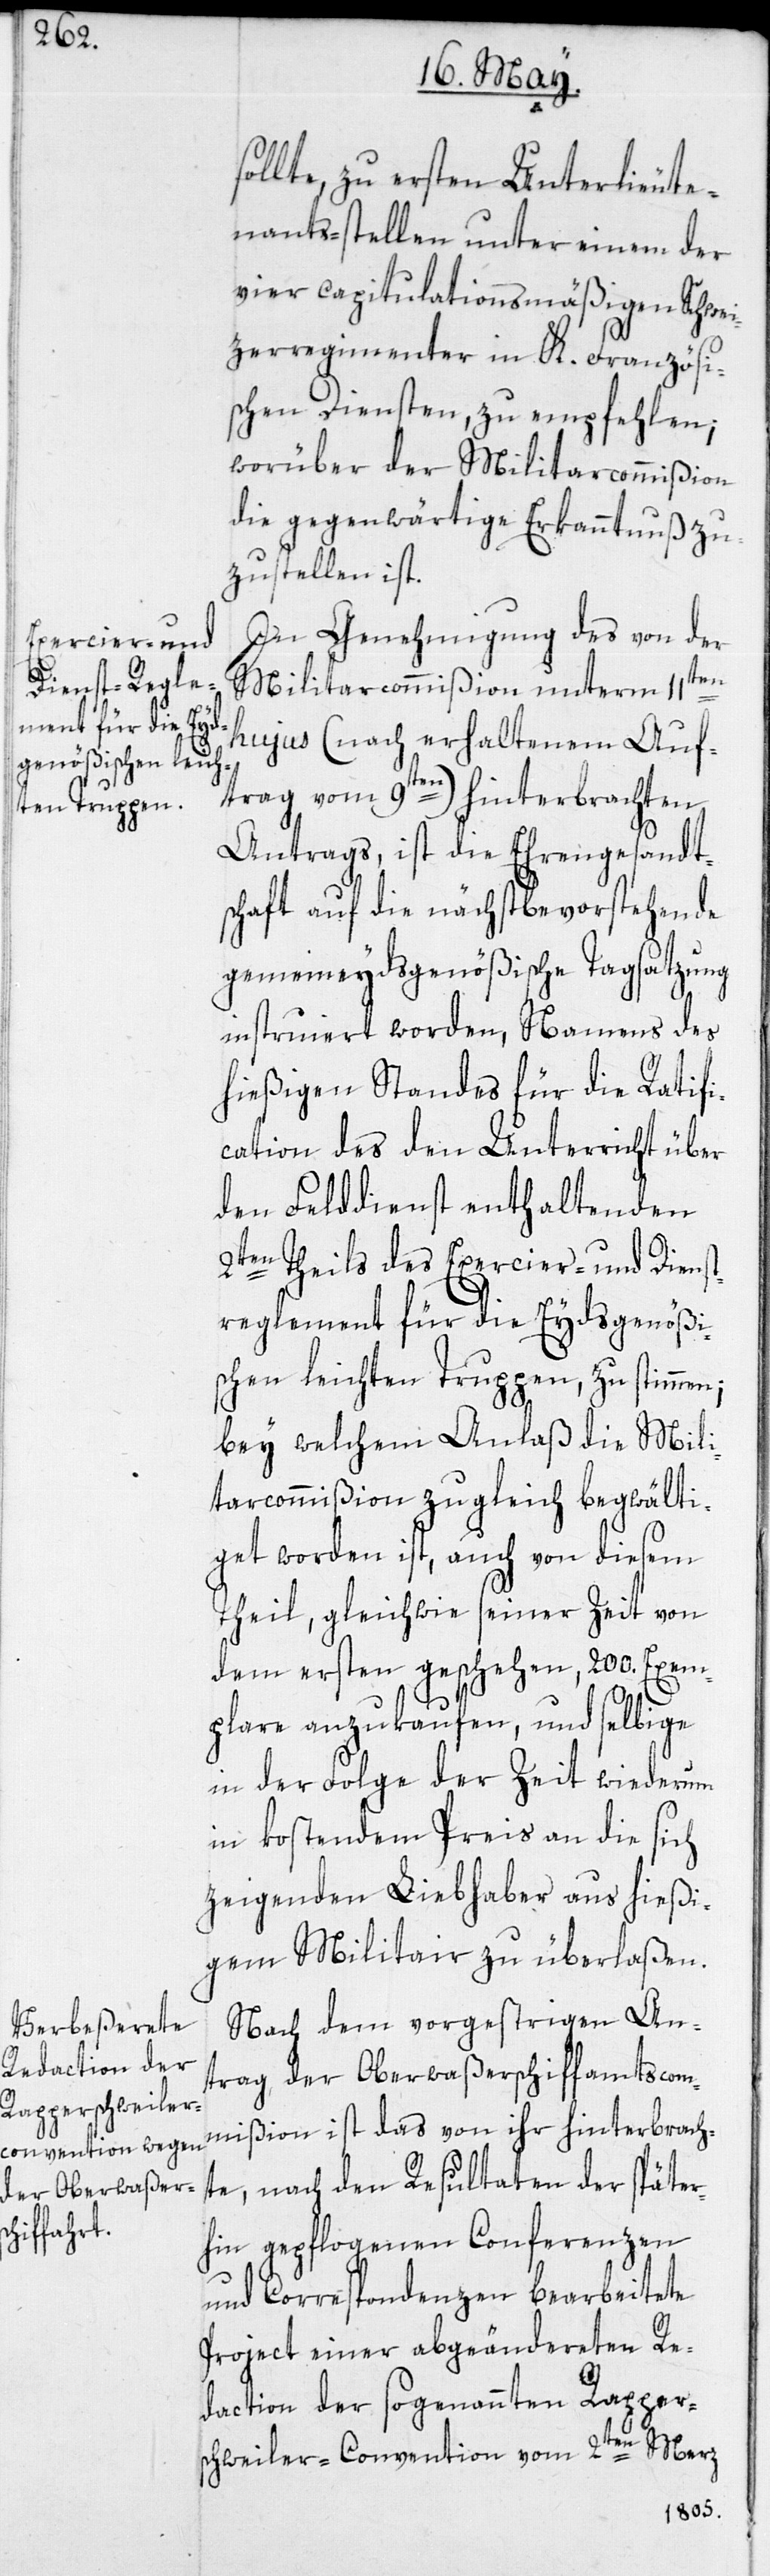
sollte, zu ersten Unterlieute¬
nants-stellen unter einem der
vier capitulationsmäßigen Schwei¬
tzerregimenter in K. Französi¬
schen Diensten, zu empfehlen;
worüber der Militarcommißion
die gegenwärtige Erkanntnuß zu¬
zustellen ist.
In Genehmigung des von der
Militaircommißion unterm 11ten
hujus (nach erhaltenem Auf¬
trag vom 9ten) hinterbrachten
Antrags, ist die Ehrengesandt¬
schaft auf die nächstbevorstehende
gemeineydsgenößische Tagsatzung
instruiert worden, Namens des
hießigen Standes für die Ratifi¬
cation des den Unterricht über
den Felddienst enthaltenden
2ten Theils des Exercier- und Dienst¬
reglement für die Eydsgenößi¬
schen leichten Truppen, zu stimmen;
bey welchem Anlaß die Mili¬
tarcommißion zugleich begwälti¬
get worden ist, auch von diesem
Theil, gleichwie seiner Zeit von
dem ersten geschehen, 200. Exem¬
plare anzukaufen, und selbige
in der Folge der Zeit wiederum
in kostendem Preis an die sich
zeigenden Liebhaber aus hießi¬
gem Militair zu überlaßen.
Nach dem vorgestrigen An¬
trag der Oberwaßerschiffamtscom¬
mißion ist das von ihr hinterbrach¬
te, nach den Resultaten der später¬
hin gepflogenen Conferenzen
und Correspondenzen bearbeitete
Project einer abgeänderten Re¬
daction der sogenannten Rapper¬
Merz
schweiler-Convention vom 2ten